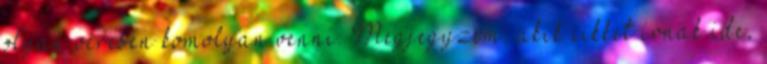
olyan véresen komolyan venni. Megjegyzem, akik cikket írnak ide,